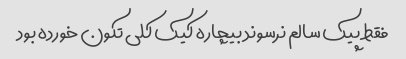
فقط پیک سالم نرسوند بیچاره کیک کلی تکون خورده بود